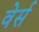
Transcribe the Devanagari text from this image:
वेर्स